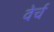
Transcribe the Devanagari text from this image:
वेर्च